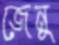
জেনু